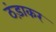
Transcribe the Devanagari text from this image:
ठंड़ाकर